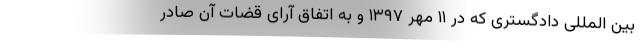
بین المللی دادگستری که در ۱۱ مهر ۱۳۹۷ و به اتفاق آرای قضات آن صادر